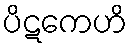
ပိဋကေဟိ